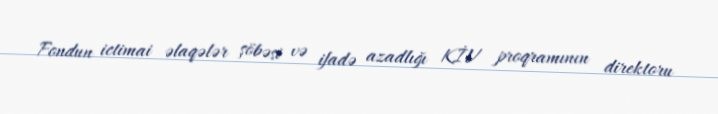
Fondun ictimai əlaqələr şöbəsi və ifadə azadlığı KİV proqramının direktoru